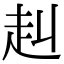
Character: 赳